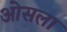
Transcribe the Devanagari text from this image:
ओसला